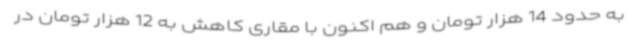
به حدود 14 هزار تومان و هم اکنون با مقاری کاهش به 12 هزار تومان در